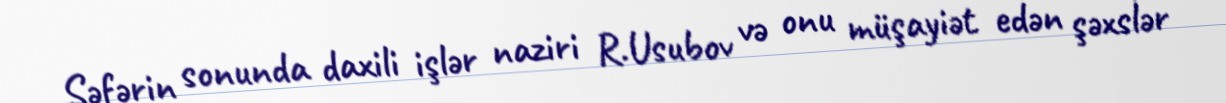
Səfərin sonunda daxili işlər naziri R.Usubov və onu müşayiət edən şəxslər